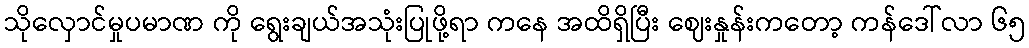
သိုလှောင်မှုပမာဏ ကို ရွေးချယ်အသုံးပြုဖို့ရာ ကနေ အထိရှိပြီး ဈေးနှုန်းကတော့ ကန်ဒေါ်လာ ၆၅